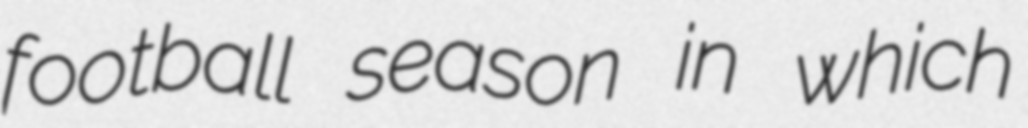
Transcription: football season in which